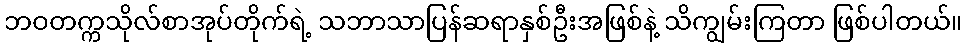
ဘဝတက္ကသိုလ်စာအုပ်တိုက်ရဲ့ သဘာသာပြန်ဆရာနှစ်ဦးအဖြစ်နဲ့ သိကျွမ်းကြတာ ဖြစ်ပါတယ်။